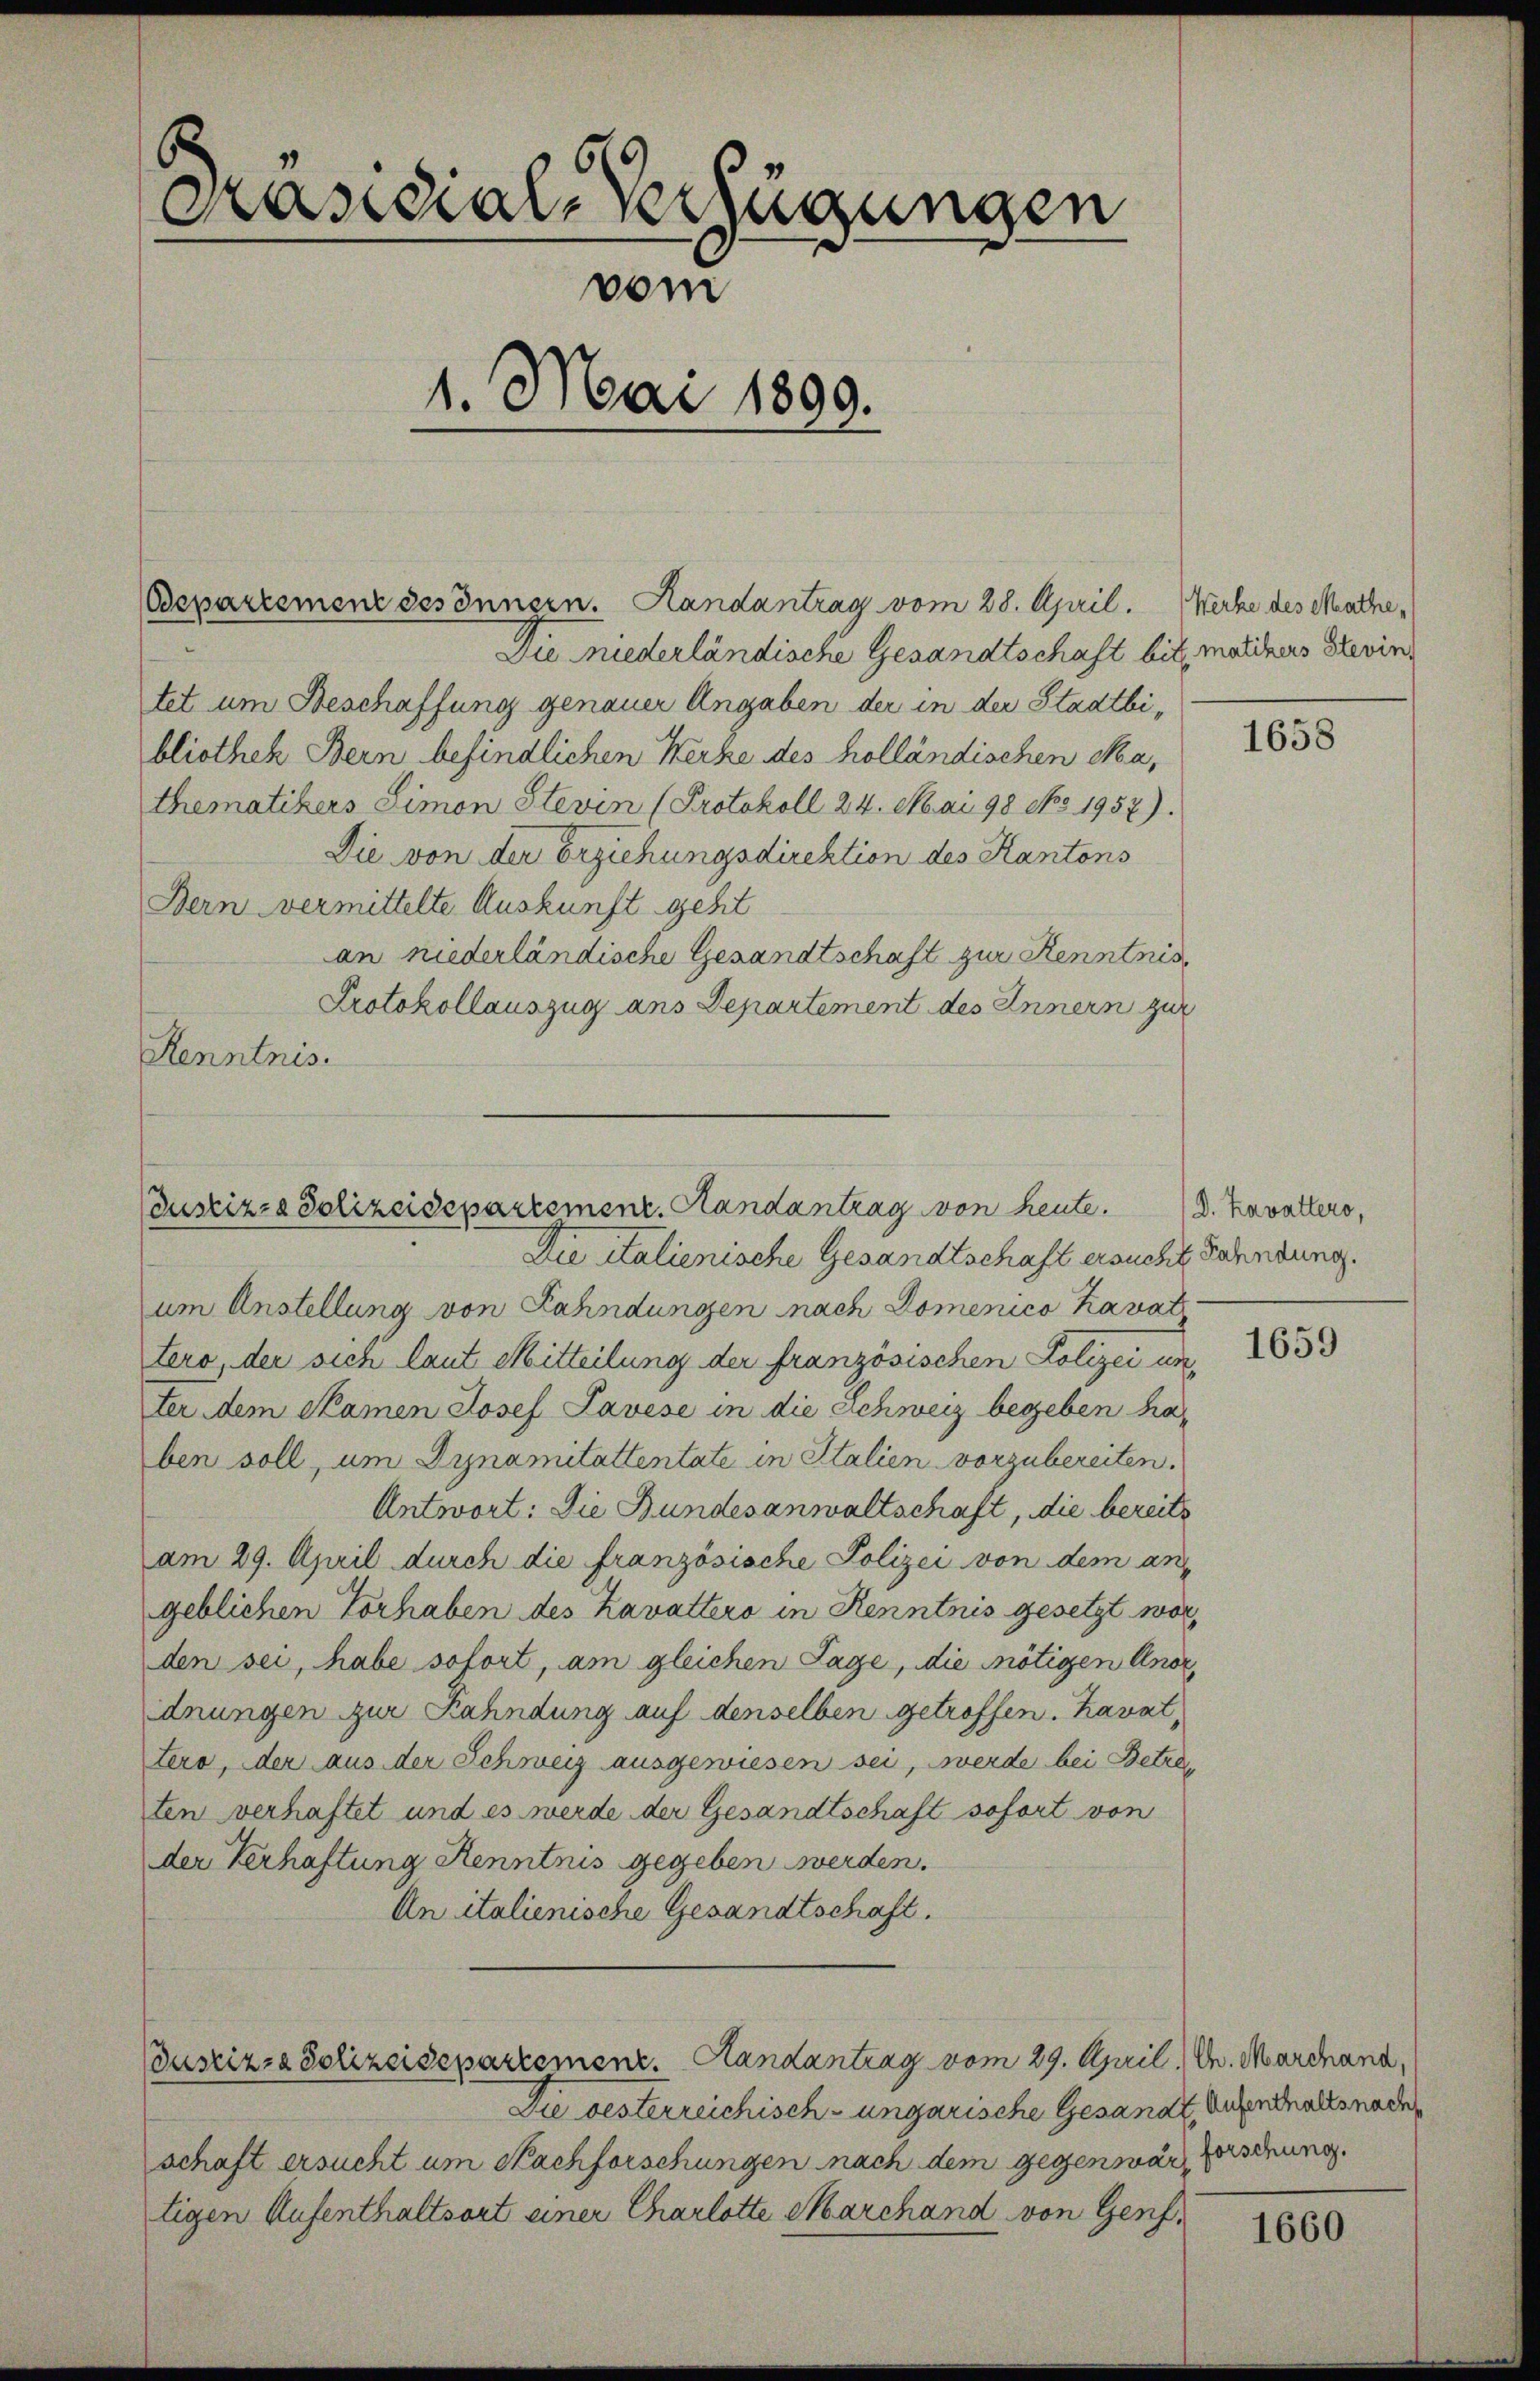
Käsidiale verzugungen
vom
4. Mai 1899.

Bepartemenz des Innern. Handantrag vom 28. April. Werke des Mathe,
Die niederländische Gesandtschaft bis matikers Stevin
tet um Beschaffung genauer Angaben der in der Stadtbibliothek Bern befindlichen Kerze des holländischen Ska,
thematikers Limon Stevin (Protokoll 24. Mai 98 No. 1957).
Die von der Erziehungsdirektion des Kantons
Bern vermittelte Auskunft geht
an niederländische Gesandtschaft zur Kenntnis
Protokollauszug ans Departement des Innern zur
Renntnis.

Justiz- & Polizeisepartement. Handantrag von heute.

Die italienische Gesandtschaft ersucht, Bahndung.
um Anstellung von Kahndungen nach Domenico travat
tero, der sich laut Mitteilung der französischen Polizei unter dem Skamen Josef Savese in die Schweiz begeben haben soll, um Dynamitattentate in Stalien vorzubereiten.
Antwort: Die Bundesanwaltschaft, die bereits
am 29. April durch die französische Polizei von dem angeblichen Vorhaben des Kavattero in Kenntnis gesetzt worden sei, habe sofort, am gleichen Tage, die nötigen Anor
dnungen zur Kahndung auf denselben getroffen. Lavattero, der aus der Schweiz ausgewiesen sei, werde bei Betre
ten verhaftet und es werde der Gesandtschaft sofort von
der Verhaftung Kenntnis gegeben werden.
An italienische Gesandtschaft.

Justiz- & Polizeidepartement. Handantrag vom 29. April, u. Marchana,

Die besterreichisch-ungarische Gesandt Aufenthalts naden
schaft ersucht um Nachforschungen nach dem gegenwär, forschung.
tigen Aufenthaltsort einer Charlotte Marchand von Genf,

1658

D. Lavatters,

1659

1660